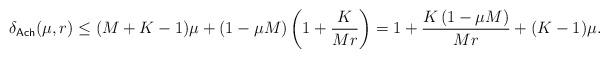
LaTeX: \begin{align*}\delta_{\mathsf{Ach}}(\mu,r) \leq (M+K-1)\mu + (1- \mu M)\left(1 + \frac{K}{Mr}\right) = 1 + \frac{K\left(1 - \mu M\right)}{Mr} + (K-1)\mu.\end{align*}